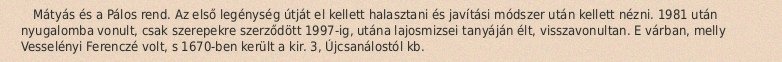
Mátyás és a Pálos rend. Az első legénység útját el kellett halasztani és javítási módszer után kellett nézni. 1981 után nyugalomba vonult, csak szerepekre szerződött 1997-ig, utána lajosmizsei tanyáján élt, visszavonultan. E várban, melly Vesselényi Ferenczé volt, s 1670-ben került a kir. 3, Újcsanálostól kb.